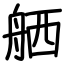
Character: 舾